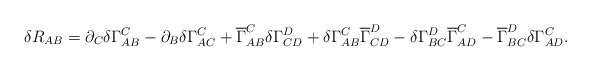
\begin{align*}\delta R_{AB} = \partial_{C} \delta \Gamma_{A B}^{C} - \partial_{B} \delta \Gamma_{A C}^{C} + \overline{\Gamma}_{A B}^{C} \delta \Gamma_{ C D}^{D} + \delta\Gamma_{A B}^{C} \overline{\Gamma}_{ C D}^{D}- \delta\Gamma_{B C}^{D} \overline{\Gamma}_{A D}^{C} - \overline{\Gamma}_{B C}^{D} \delta\Gamma_{A D}^{C}. \end{align*}